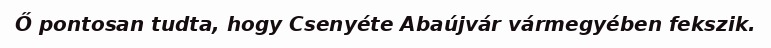
Ő pontosan tudta, hogy Csenyéte Abaújvár vármegyében fekszik.